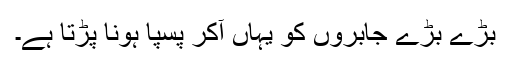
بڑے بڑے جابروں کو یہاں آکر پسپا ہونا پڑتا ہے۔